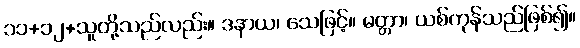
၁၁+၁၂+သူတို့သည်လည်း။ ဒနာယ၊ သေဖြင့်။ မတ္တာ၊ ယစ်ကုန်သည်ဖြစ်၍။